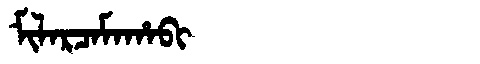
Manchu: ᠮᡳᠯᠠᡵᠴᠠᠮᠠᡥᠠᠪᡳ
Romanization: MILARCAMAHABI